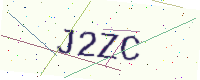
Text: J2ZC